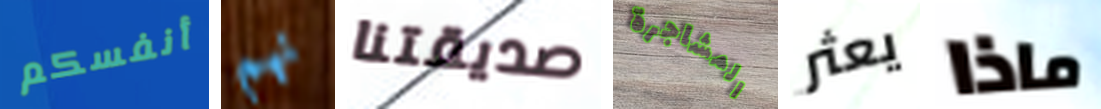
أنفسكم نهم صديقتنا المشاجرة يعثر ماذا